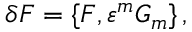
\delta F = \{ F , \varepsilon ^ { m } G _ { m } \} \, ,